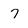
Character: 7